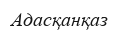
Адасқанқаз